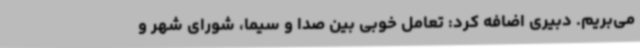
می‌بریم. دبیری اضافه کرد: تعامل خوبی بین صدا و سیما، شورای شهر و